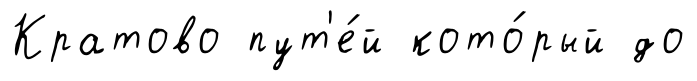
Кратово пут'е́й кото́рый до